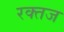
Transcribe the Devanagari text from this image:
रक्तज